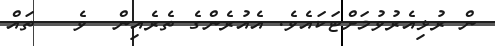
ން ރުޅިއެރުވުމަށްޓަކައެވެ. އެއުރެންގެ ތެރެއިން  ވެ   ތައް